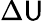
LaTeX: \Delta\mathsf{U}